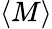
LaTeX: \langle M\rangle